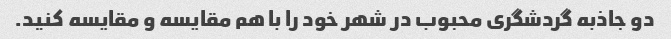
دو جاذبه گردشگری محبوب در شهر خود را با هم مقایسه و مقایسه کنید.